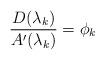
LaTeX: \begin{align*}\frac{D(\lambda_k)}{A'(\lambda_k)}=\phi_k\end{align*}